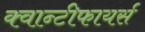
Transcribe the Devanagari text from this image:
क्वान्टीफायर्स